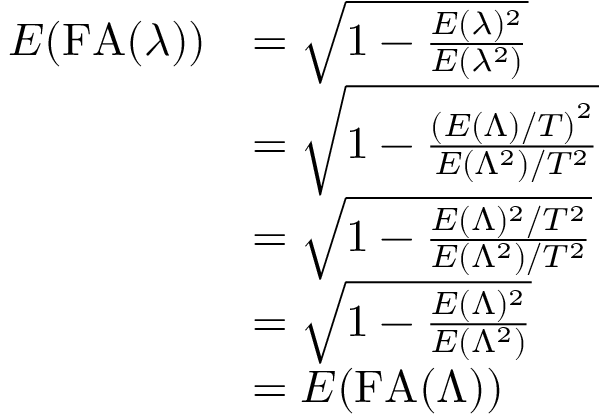
\begin{array} { r l } { E ( \mathrm { F A } ( \lambda ) ) } & { = \sqrt { 1 - \frac { E ( \lambda ) ^ { 2 } } { E ( \lambda ^ { 2 } ) } } } \\ & { = \sqrt { 1 - \frac { \left( E ( \Lambda ) / T \right) ^ { 2 } } { E ( \Lambda ^ { 2 } ) / T ^ { 2 } } } } \\ & { = \sqrt { 1 - \frac { E ( \Lambda ) ^ { 2 } / T ^ { 2 } } { E ( \Lambda ^ { 2 } ) / T ^ { 2 } } } } \\ & { = \sqrt { 1 - \frac { E ( \Lambda ) ^ { 2 } } { E ( \Lambda ^ { 2 } ) } } } \\ & { = E ( \mathrm { F A } ( \Lambda ) ) } \end{array}